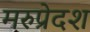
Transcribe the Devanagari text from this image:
मरुप्रेदश